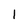
Character: 1